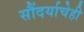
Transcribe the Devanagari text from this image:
सौंदर्याचेही